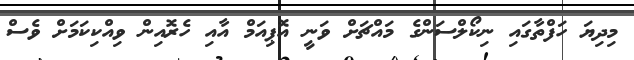
މިދިޔަ ހަފްތާގައި ނިކޯލްސަންގެ މައްޗަށް ވަނީ އޮޕިއަމް އާއި ހެރޮއިން ވިއްކިކަމަށް ވެސް